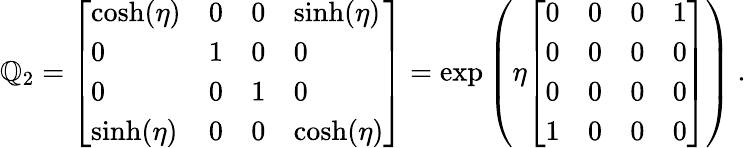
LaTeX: \mathbb{Q}_{2}={\left[\begin{array}{llll}{\cosh(\eta)}&{0}&{0}&{\sinh(\eta)}\\ {0}&{1}&{0}&{0}\\ {0}&{0}&{1}&{0}\\ {\sinh(\eta)}&{0}&{0}&{\cosh(\eta)}\end{array}\right]}=\exp\left(\eta{\left[\begin{array}{llll}{0}&{0}&{0}&{1}\\ {0}&{0}&{0}&{0}\\ {0}&{0}&{0}&{0}\\ {1}&{0}&{0}&{0}\end{array}\right]}\right)~.